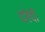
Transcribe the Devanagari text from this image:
दरेदी